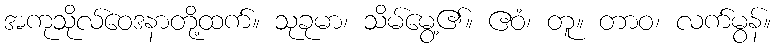
အကုသိုလ်ဝေဒနာတို့ထက်။ သုခုမာ၊ သိမ်မွေ့၏။ ဧဝံ၊ တူ။ တာဝ၊ လက်မွန်။